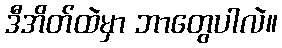
ဒီအိတ်ထဲမှာ ဘာတွေပါလဲ။